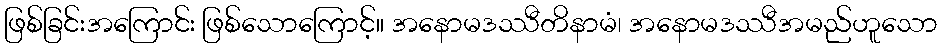
ဖြစ်ခြင်းအကြောင်း ဖြစ်သောကြောင့်။ အနောမဒဿီတိနာမံ၊ အနောမဒဿီအမည်ဟူသော